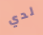
لدي